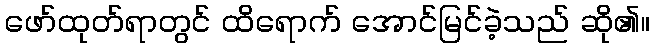
ဖော်ထုတ်ရာတွင် ထိရောက် အောင်မြင်ခဲ့သည် ဆို၏။